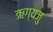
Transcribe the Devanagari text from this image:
ऋग्यजु